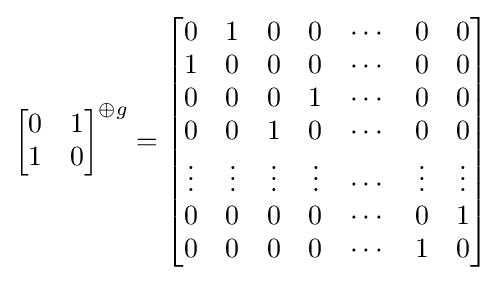
{\begin{bmatrix}0&1\\1&0\end{bmatrix}}^{\oplus g}={\begin{bmatrix}0&1&0&0&\cdots &0&0\\1&0&0&0&\cdots &0&0\\0&0&0&1&\cdots &0&0\\0&0&1&0&\cdots &0&0\\\vdots &\vdots &\vdots &\vdots &\cdots &\vdots &\vdots \\0&0&0&0&\cdots &0&1\\0&0&0&0&\cdots &1&0\end{bmatrix}}